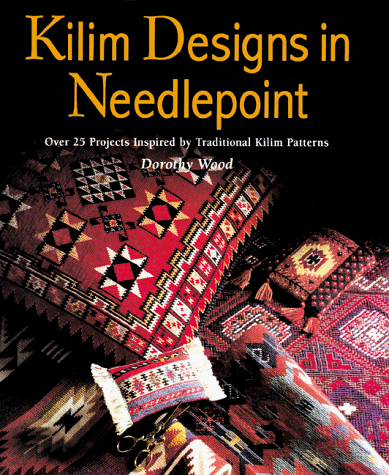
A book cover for Kilim Designs in Needlepoint: Over 25 Projects Inspired by Traditional Kilim Patterns; Dorothy Wood; Crafts, Hobbies & Home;